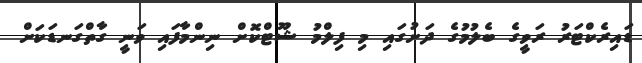
ޑައިރެކްޓަރު ރަވީގެ ބެލުމުގެ ދަށުގައި މި ފިލްމު ޝޫޓްކޮށް ނިންމާފައި ވަނީ ގާތްގަނޑަކަށް